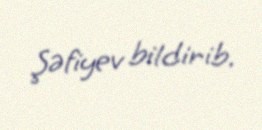
Şəfiyev bildirib.